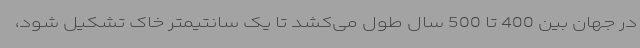
در جهان بین 400 تا 500 سال طول می‌کشد تا یک سانتیمتر خاک تشکیل شود،